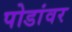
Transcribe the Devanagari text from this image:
पोडांवर